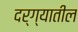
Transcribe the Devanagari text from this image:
दर्ग्यातील